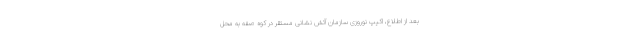
بعد از اطلاع، اکیپ نوروزی سازمان آتش نشانی مستقر در کوه صفه به محل